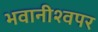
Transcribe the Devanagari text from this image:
भवानीश्वपर